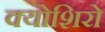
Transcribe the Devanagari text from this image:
क्योशिरो